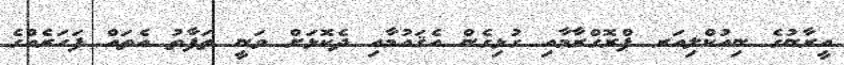
އީރާނުގެ ނިއުކްލިއަރ ޕްރޮގްރާމާއި ގުޅިގެން އެޤައުމާއި ދެކޮޅަށް ވަނީ ތަފާތު އެތައް ފަހަރެއްގެ